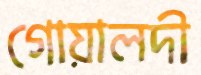
গোয়ালদী